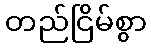
တည်ငြိမ်စွာ